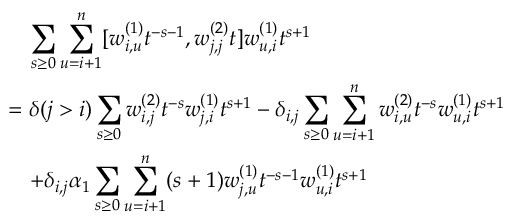
\begin{array} { r l } & { \quad \displaystyle \sum _ { s \geq 0 } \displaystyle \sum _ { u = i + 1 } ^ { n } [ w _ { i , u } ^ { ( 1 ) } t ^ { - s - 1 } , w _ { j , j } ^ { ( 2 ) } t ] w _ { u , i } ^ { ( 1 ) } t ^ { s + 1 } } \\ & { = \delta ( j > i ) \displaystyle \sum _ { s \geq 0 } w _ { i , j } ^ { ( 2 ) } t ^ { - s } w _ { j , i } ^ { ( 1 ) } t ^ { s + 1 } - \delta _ { i , j } \displaystyle \sum _ { s \geq 0 } \sum _ { u = i + 1 } ^ { n } w _ { i , u } ^ { ( 2 ) } t ^ { - s } w _ { u , i } ^ { ( 1 ) } t ^ { s + 1 } } \\ & { \quad + \delta _ { i , j } \alpha _ { 1 } \displaystyle \sum _ { s \geq 0 } \sum _ { u = i + 1 } ^ { n } ( s + 1 ) w _ { j , u } ^ { ( 1 ) } t ^ { - s - 1 } w _ { u , i } ^ { ( 1 ) } t ^ { s + 1 } } \end{array}